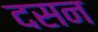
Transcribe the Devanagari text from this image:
दसन